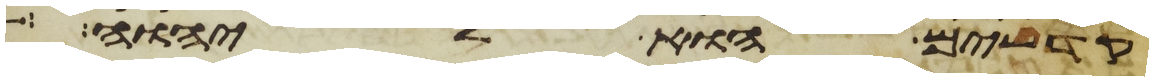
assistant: קדשים הוא ליהוה